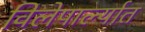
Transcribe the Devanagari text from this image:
विलेपार्ल्यात